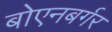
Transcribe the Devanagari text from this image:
बोएनबर्गर